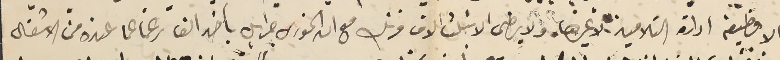
الا وظيفة ادارة التلاميذ لا غيرها. ولا يرضى الا بتلت الاف فرنك مع ان الخورى جبرايل ياخذ الف رغما عما عنده من الاشغال